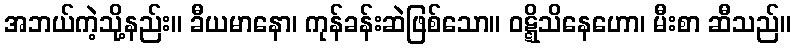
အဘယ်ကဲ့သို့နည်း။ ခီယမာနော၊ ကုန်ခန်းဆဲဖြစ်သော။ ဝဋ္ဋိသိနေဟော၊ မီးစာ ဆီသည်။